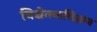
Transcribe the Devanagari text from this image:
निश्चेतनाविज्ञान